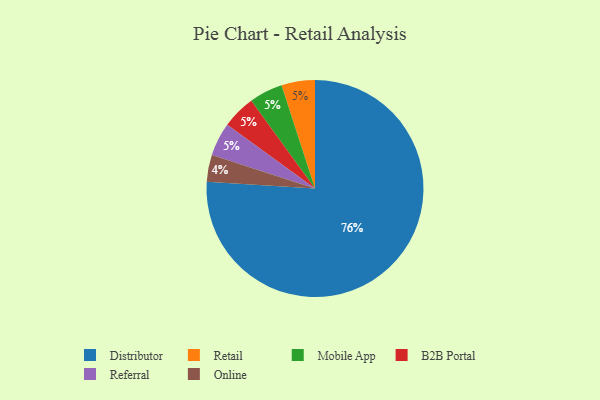
{"axis": {"x": "Category", "y": "Percentage"}, "legend": ["B2B Portal", "Distributor", "Mobile App", "Online", "Referral", "Retail"], "data": [{"x": "Retail", "y": 5, "type": "Retail"}, {"x": "Mobile App", "y": 5, "type": "Mobile App"}, {"x": "Distributor", "y": 76, "type": "Distributor"}, {"x": "B2B Portal", "y": 5, "type": "B2B Portal"}, {"x": "Referral", "y": 5, "type": "Referral"}, {"x": "Online", "y": 4, "type": "Online"}]}